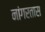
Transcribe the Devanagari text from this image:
नांगरतास